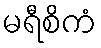
မရီစိကံ